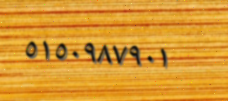
٥١٥٠٩٨٧٩٠١